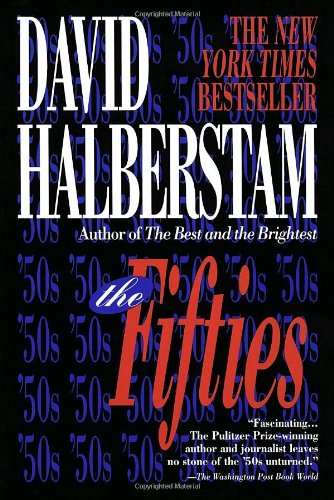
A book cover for The Fifties; David Halberstam; History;